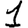
Digit: 1